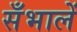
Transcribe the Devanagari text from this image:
सँभालें